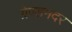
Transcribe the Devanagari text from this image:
ग्रेण्डमदर